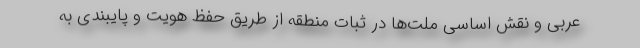
عربی و نقش اساسی ملت‌ها در ثبات منطقه از طریق حفظ هویت و پایبندی به